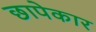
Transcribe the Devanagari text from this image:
छापेकार